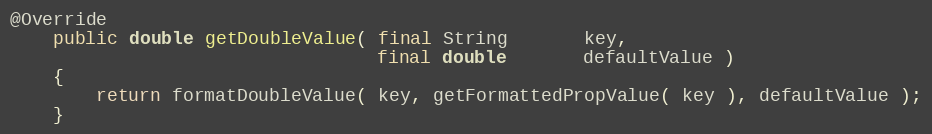
Language: Java
@Override
    public double getDoubleValue( final String       key,
                                  final double       defaultValue )
    {
        return formatDoubleValue( key, getFormattedPropValue( key ), defaultValue );
    }